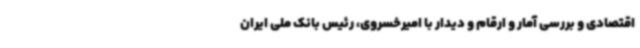
اقتصادی و بررسی آمار و ارقام و دیدار با امیرخسروی، رئیس بانک ملی ایران